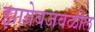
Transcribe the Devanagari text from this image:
झाग्रेबजवळील